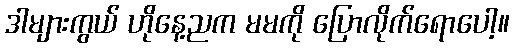
ဒါများကွယ် ဟိုနေ့ညက မမကို ပြောလိုက်ရောပေါ့။